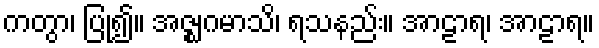
ကတွာ၊ ပြု၍။ အဇ္ဈဂမာသိ၊ ရသနည်း။ အာဠာရ၊ အာဠာရ။